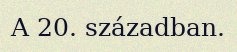
A 20. században.